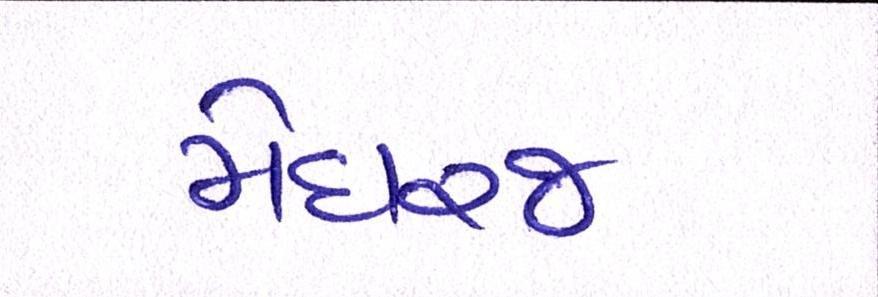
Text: મેઘરજ